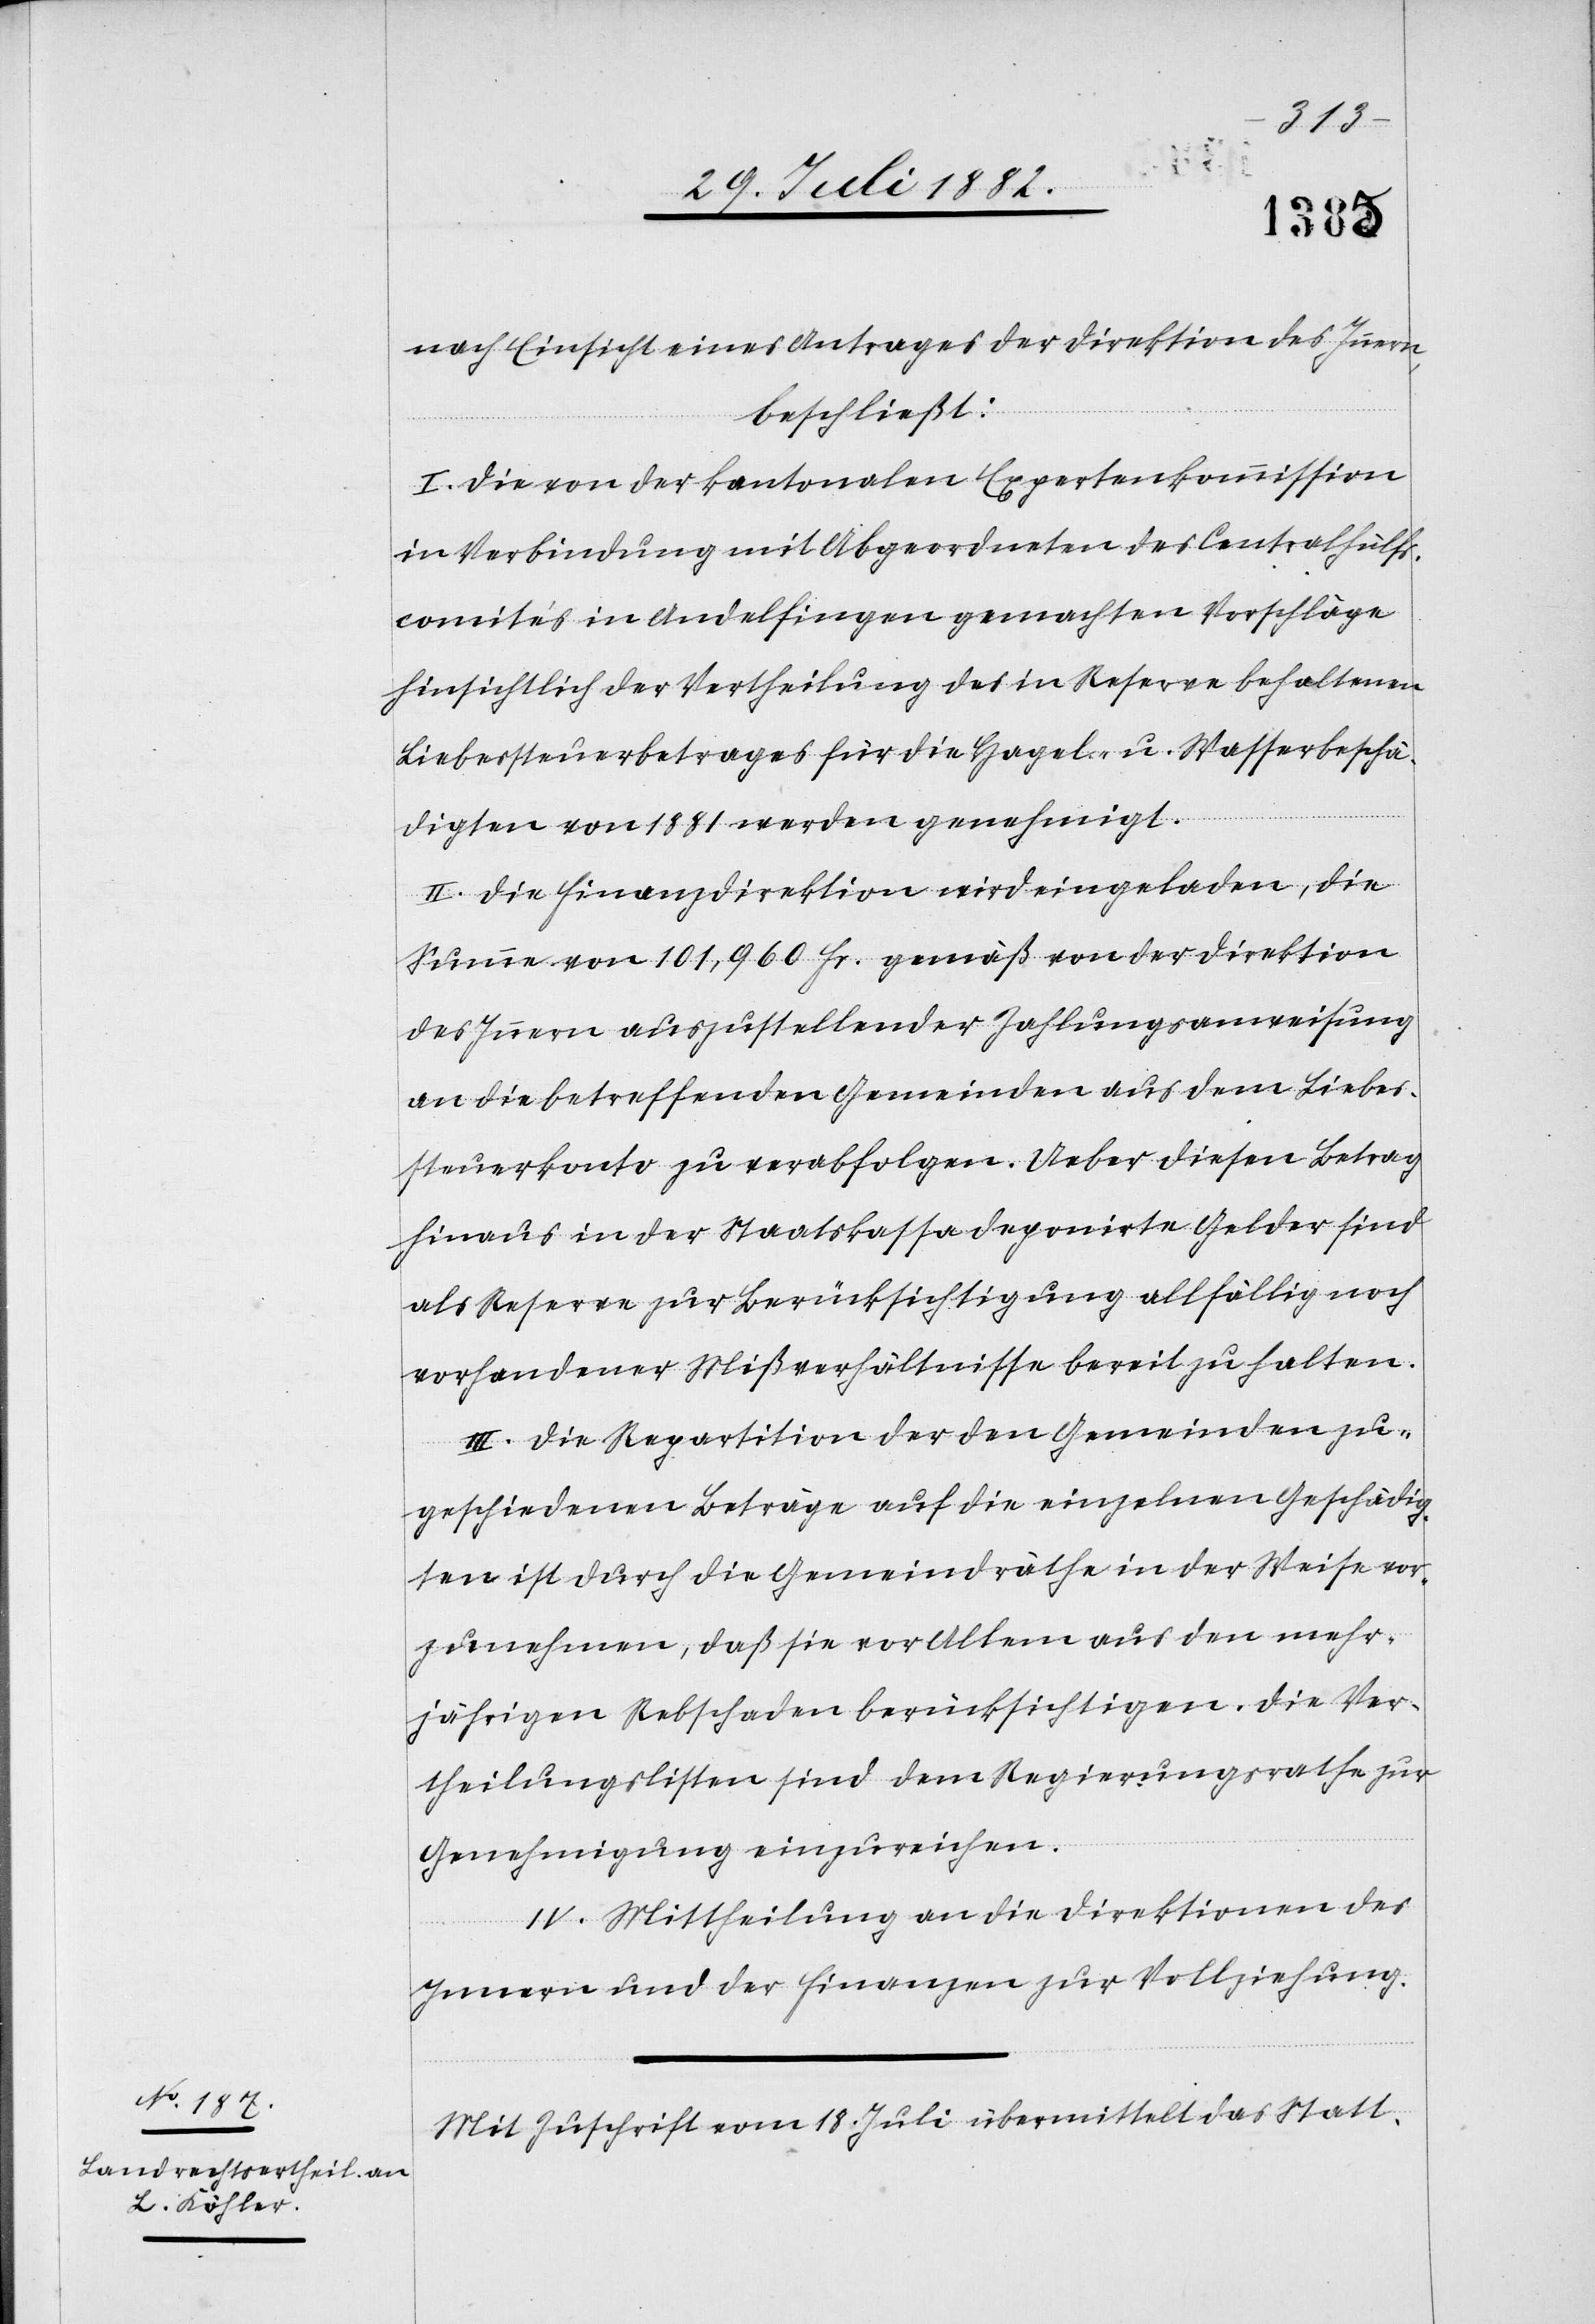
nach Einsicht eines Antrages der Direktion des Innern,
beschließt:
I. Die von der kantonalen Expertenkommission
in Verbindung mit Abgeordneten des Centralhülfs¬
comités in Andelfingen gemachten Vorschläge
hinsichtlich der Vertheilung des in Reserve behaltenen
Liebessteuerbetrages für die Hagel- u. Wasserbeschä¬
digten von 1881 werden genehmigt.
II. Die Finanzdirektion wird eingeladen, die
Summe von 101,960 Fr. gemäß von der Direktion
des Innern auszustellender Zahlungsanweisung
an die betreffenden Gemeinden aus dem Liebes¬
steuerkonto zu verabfolgen. Ueber diesen Betrag
hinaus in der Staatskassa deponirte Gelder sind
als Reserve zur Berücksichtigung allfällig noch
vorhandener Mißverhältnisse bereit zu halten.
III. Die Repartition der den Gemeinden zu¬
geschiedenen Beträge auf die einzelnen Geschädig¬
ten ist durch die Gemeindräthe in der Weise vor¬
zunehmen, daß sie vor Allem aus den mehr¬
jährigen Rebschaden berücksichtigen. Die Ver¬
theilungslisten sind dem Regierungsrathe zur
Genehmigung einzureichen.
IV. Mittheilung an die Direktionen des
Innern und der Finanzen zur Vollziehung.
Mit Zuschrift vom 18. Juli übermittelt das Statt-